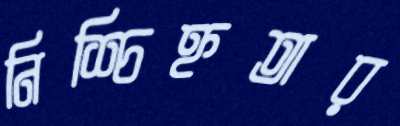
নিশ্চিহ্নতার